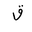
Letter: _qaf